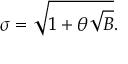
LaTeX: \sigma = \sqrt { 1 + \theta \sqrt { B } } .